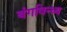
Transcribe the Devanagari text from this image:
बंगविन्ध्य